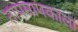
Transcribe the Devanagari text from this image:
तापमापकाला